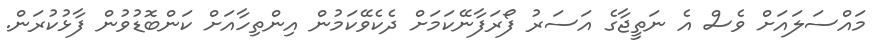
މައްސަލައަށް ވެސް އެ ނަތީޖާގެ އަސަރު ފޯރަފާނޭކަމަށް ދެކެވޭކަމުން އިންތިހާއަށް ކަންބޮޑުވުން ފާޅުކުރަން.